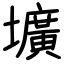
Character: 壙